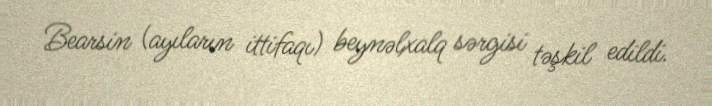
Bearsin (ayıların ittifaqı) beynəlxalq sərgisi təşkil edildi.